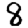
Digit: 8